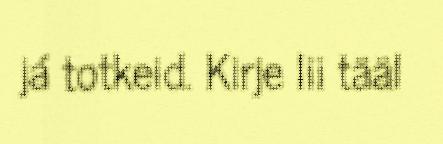
já totkeid. Kirje lii tääl